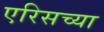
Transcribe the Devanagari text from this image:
एरिसच्या